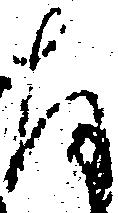
存